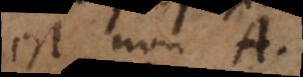
est non A